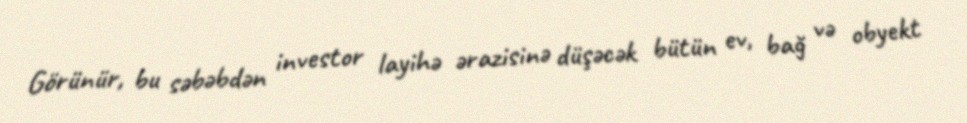
Görünür, bu səbəbdən investor layihə ərazisinə düşəcək bütün ev, bağ və obyekt